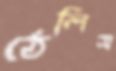
ঠেলিস